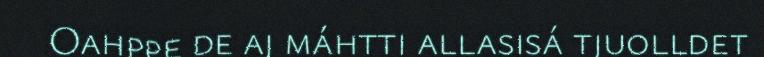
Oahppe de aj máhtti allasisá tjuolldet